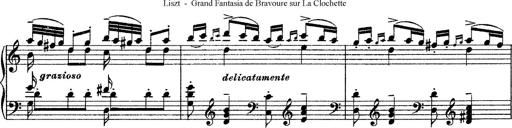
Title: Grande fantasie di bravura sur La clochette
Composer: Franz Liszt
Key: A minor